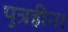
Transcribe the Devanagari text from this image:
पुत्रहीना